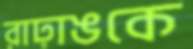
রাঢ়াঙকে